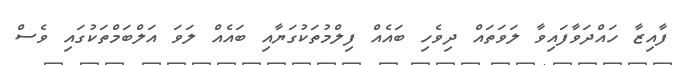
ފާއިޒާ ހައްދަވާފައިވާ ލަވަތައް ދިވެހި ބައެއް ފިލްމުތަކުގަޔާއި ބައެއް ލަވަ އަލްބަމްތަކުގައި ވެސް